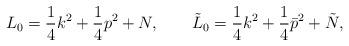
LaTeX: \begin{align*}L_0 =\frac{1}{4}k^2+\frac{1}{4}p^2+N, \qquad\tilde{ L}_0 = \frac{1}{4}k^2+\frac{1}{4}\bar{p}^2+\tilde{ N},\end{align*}